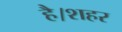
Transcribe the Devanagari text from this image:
है।शहर